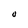
Character: 0